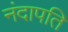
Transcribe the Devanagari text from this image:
नंदापति